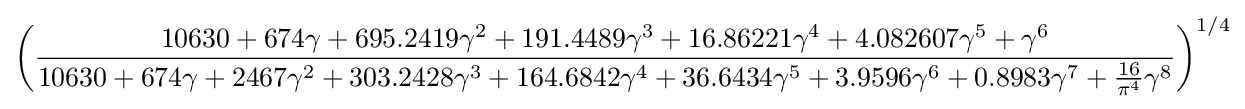
\left({\frac {10630+674\gamma +695.2419\gamma ^{2}+191.4489\gamma ^{3}+16.86221\gamma ^{4}+4.082607\gamma ^{5}+\gamma ^{6}}{10630+674\gamma +2467\gamma ^{2}+303.2428\gamma ^{3}+164.6842\gamma ^{4}+36.6434\gamma ^{5}+3.9596\gamma ^{6}+0.8983\gamma ^{7}+{\frac {16}{\pi ^{4}}}\gamma ^{8}}}\right)^{1/4}